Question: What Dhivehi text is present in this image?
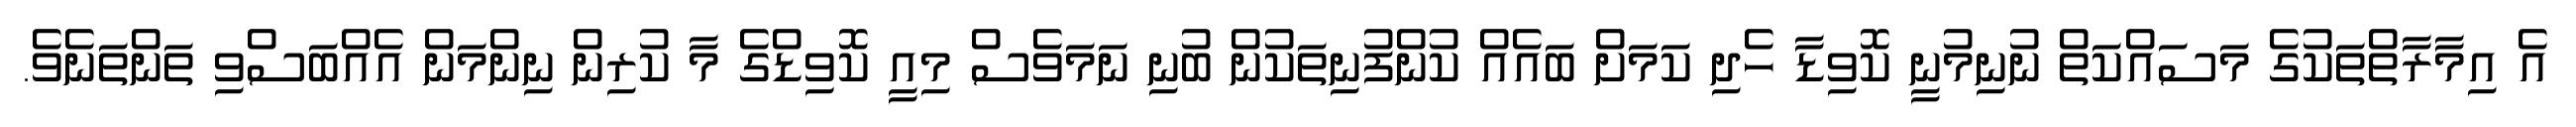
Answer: އެ އިމާރާތްތަކުގެ މަސައްކަތް ނުނިމުނީ ކޮވިޑާ ހެދި ކަމަށް ބައެއް ކުންފުނިތަކުން ބުނި ނަމަވެސް މިއީ ކޮވިޑްގެ މާ ކުރިން ނިންމަން އެއްބަސްވި ތަންތަނެވެ.